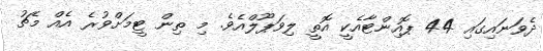
ދެވަނައިގައި 44 ޕޮއިންޓާއެކީ އޮތީ ލިވަޕޫލްއެވެ. މި ތިން ޓީމަށްވުރެ އެއް މެޗު